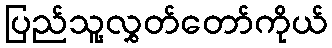
ပြည်သူ့လွှတ်တော်ကိုယ်